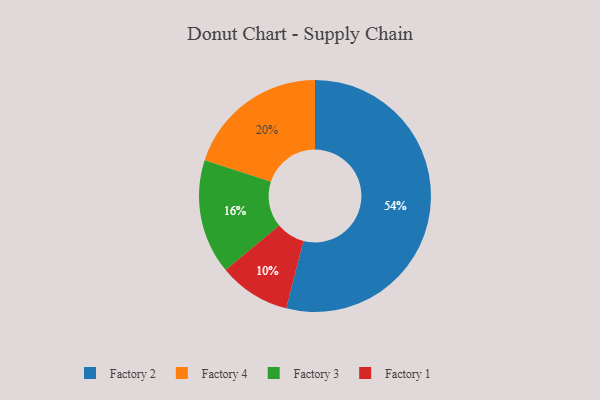
{"axis": {"x": "Category", "y": "Percentage"}, "legend": ["Factory 1", "Factory 2", "Factory 3", "Factory 4"], "data": [{"x": "Factory 4", "y": 20, "type": "Factory 4"}, {"x": "Factory 3", "y": 16, "type": "Factory 3"}, {"x": "Factory 1", "y": 10, "type": "Factory 1"}, {"x": "Factory 2", "y": 54, "type": "Factory 2"}]}